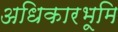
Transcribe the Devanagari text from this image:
अधिकारभूमि